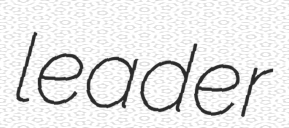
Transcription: leader